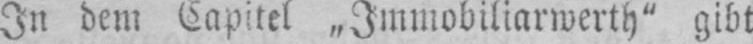
In dem Capitel „Immobiliarwerth“ gibt